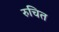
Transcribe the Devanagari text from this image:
रुचित